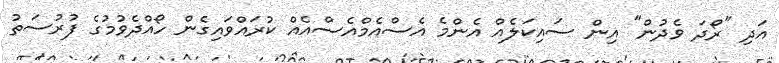
އަދި "ރޯދަ ވެދުން" އިން ސައިކަލެއް އެންމެ އެސްއެމްއެސްއެއް ކުރައްވައިގެން ހޯއްދެވުމުގެ ފުރުސަތު